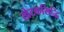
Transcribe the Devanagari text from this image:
खेटकसिद्धि